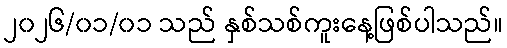
၂၀၂၆/၀၁/၀၁ သည် နှစ်သစ်ကူးနေ့ဖြစ်ပါသည်။